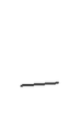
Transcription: –